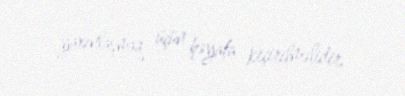
yaxınlaşmaq üçün həyata keçirilməlidir.